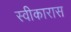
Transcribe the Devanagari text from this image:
स्वीकारास